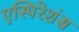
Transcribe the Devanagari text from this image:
एस्पिरेशंस